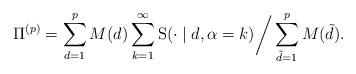
LaTeX: \begin{align*}\Pi^{(p)}=\sum_{d=1}^{p}M(d) \sum_{k=1}^{\infty} \mathrm{S}(\cdot\mid d, \alpha=k)\bigg{/} \sum_{\tilde{d}=1}^{p}M(\tilde{d}).\end{align*}